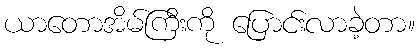
ယာတောအိမ်ကြီးကို ပြောင်းလာခဲ့တာ။